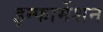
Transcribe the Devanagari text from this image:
इन्‍फार्मेशन